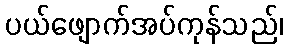
ပယ်ဖျောက်အပ်ကုန်သည်၊